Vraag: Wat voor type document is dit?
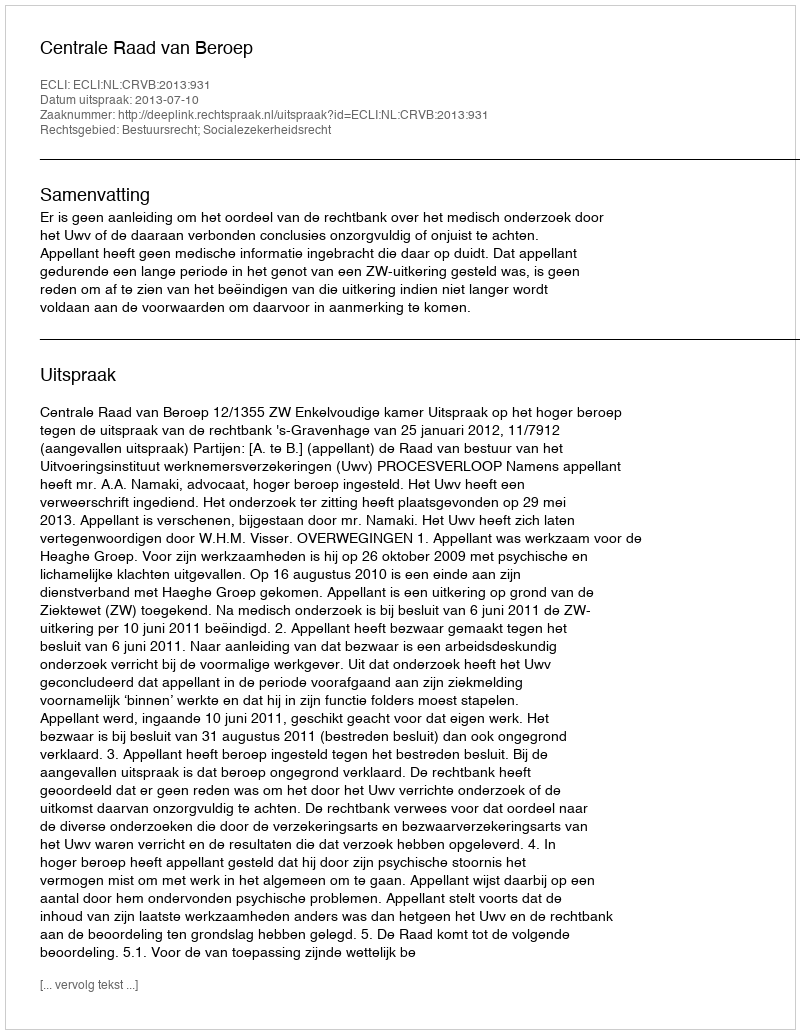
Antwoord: Uitspraak